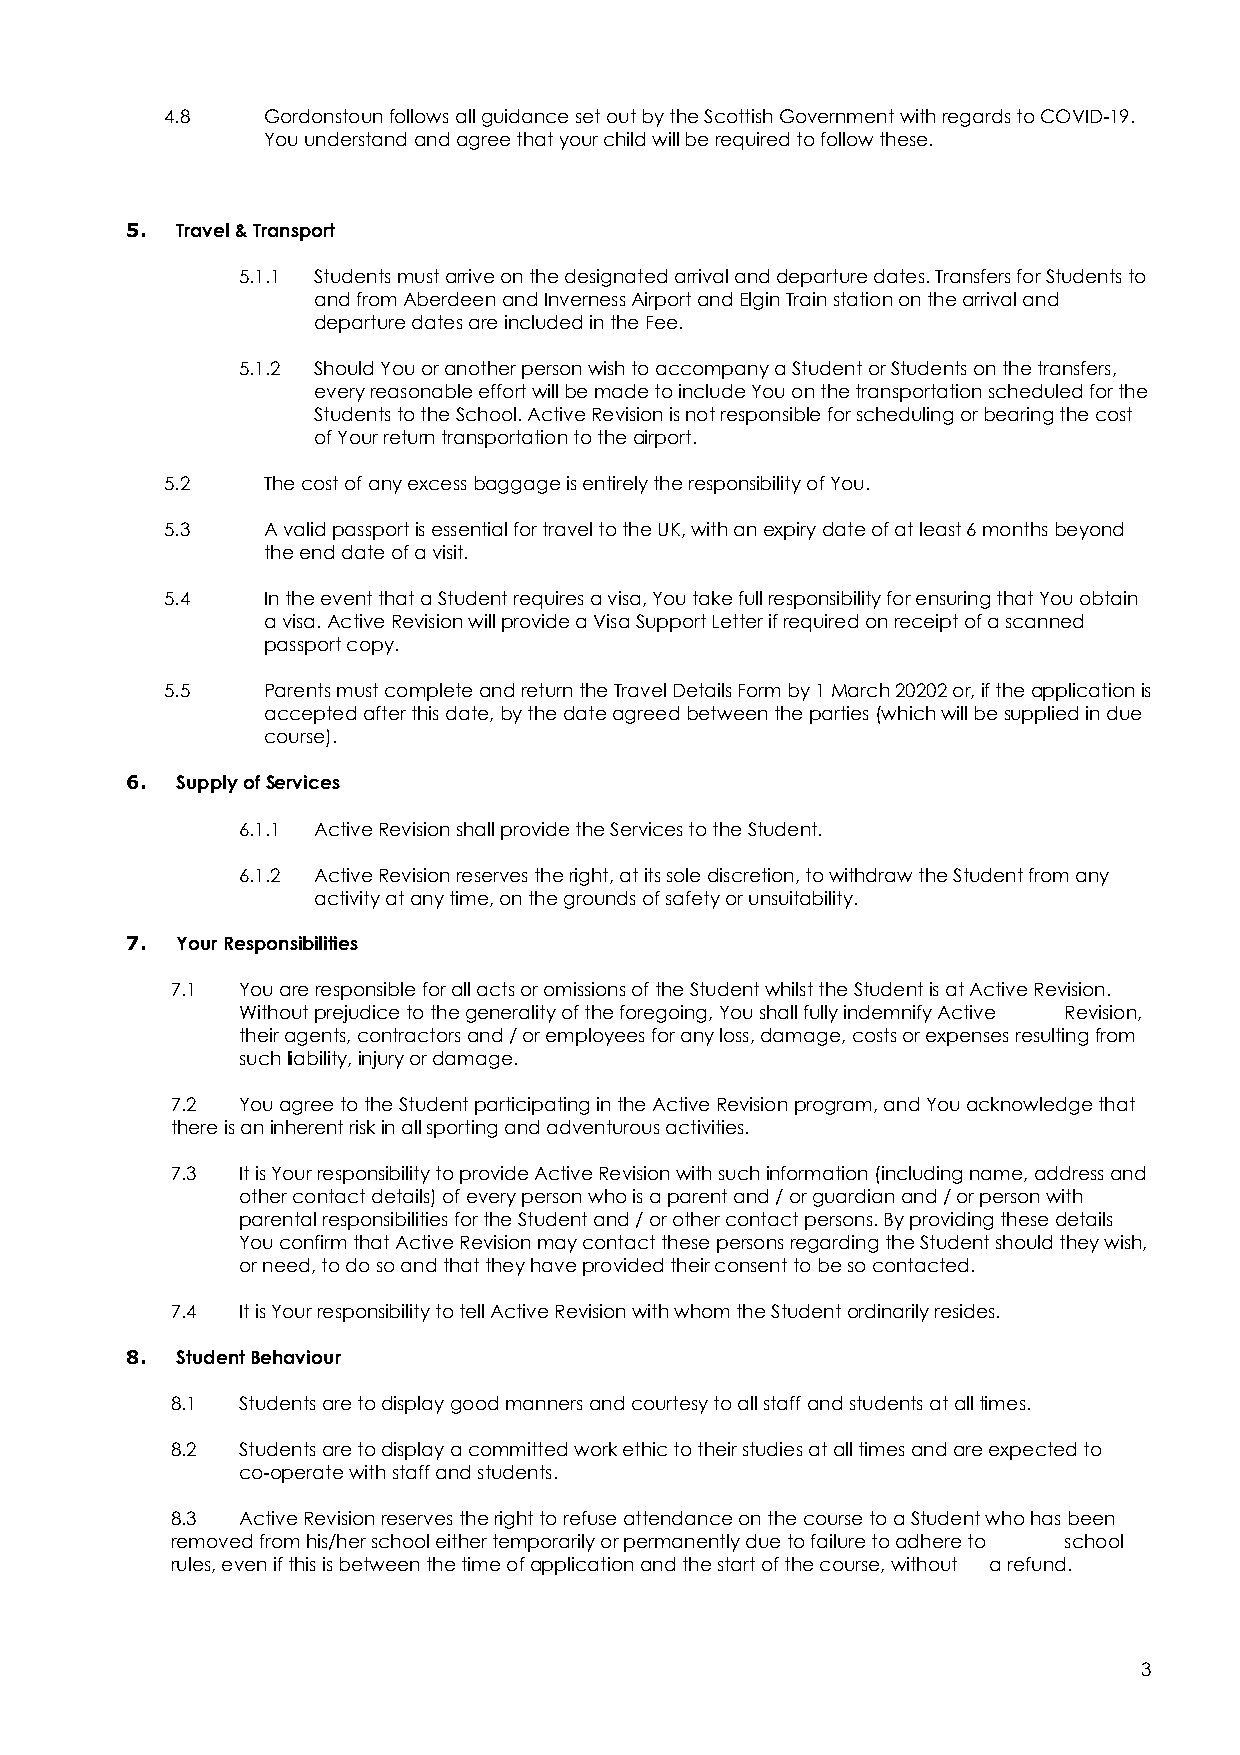
4.8   Gordonstoun follows all guidance set out by the Scottish Government with regards to COVID-19.
 You understand and agree that your child will be required to follow these.
 5.  Travel & Transport
 5.1.1 Students must arrive on the designated arrival and departure dates. Transfers for Students to
 and from Aberdeen and Inverness Airport and Elgin Train station on the arrival and
 departure dates are included in the Fee.
 5.1.2 Should You or another person wish to accompany a Student or Students on the transfers,
 every reasonable effort will be made to include You on the transportation scheduled for the
 Students to the School. Active Revision is not responsible for scheduling or bearing the cost
 of Your return transportation to the airport.
 5.2   The cost of any excess baggage is entirely the responsibility of You.
 5.3   A valid passport is essential for travel to the UK, with an expiry date of at least 6 months beyond
 the end date of a visit.
 5.4   In the event that a Student requires a visa, You take full responsibility for ensuring that You obtain
 a visa. Active Revision will provide a Visa Support Letter if required on receipt of a scanned
 passport copy.
 5.5   Parents must complete and return the Travel Details Form by 1 March 20202 or, if the application is
 accepted after this date, by the date agreed between the parties (which will be supplied in due
 course).
 6.  Supply of Services
 6.1.1 Active Revision shall provide the Services to the Student.
 6.1.2 Active Revision reserves the right, at its sole discretion, to withdraw the Student from any
 activity at any time, on the grounds of safety or unsuitability.
 7.  Your Responsibilities
 7.1  You are responsible for all acts or omissions of the Student whilst the Student is at Active Revision.
 Without prejudice to the generality of the foregoing, You shall fully indemnify Active Revision,
 their agents, contractors and / or employees for any loss, damage, costs or expenses resulting from
 such liability, injury or damage.
 7.2  You agree to the Student participating in the Active Revision program, and You acknowledge that
 there is an inherent risk in all sporting and adventurous activities.
 7.3  It is Your responsibility to provide Active Revision with such information (including name, address and
 other contact details) of every person who is a parent and / or guardian and / or person with
 parental responsibilities for the Student and / or other contact persons. By providing these details
 You confirm that Active Revision may contact these persons regarding the Student should they wish,
 or need, to do so and that they have provided their consent to be so contacted.
 7.4  It is Your responsibility to tell Active Revision with whom the Student ordinarily resides.
 8.  Student Behaviour
 8.1  Students are to display good manners and courtesy to all staff and students at all times.
 8.2  Students are to display a committed work ethic to their studies at all times and are expected to
 co-operate with staff and students.
 8.3  Active Revision reserves the right to refuse attendance on the course to a Student who has been
 removed from his/her school either temporarily or permanently due to failure to adhere to school
 rules, even if this is between the time of application and the start of the course, without a refund.
 3